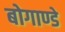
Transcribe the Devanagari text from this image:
बोगाण्डे